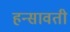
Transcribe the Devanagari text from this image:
हन्सावती